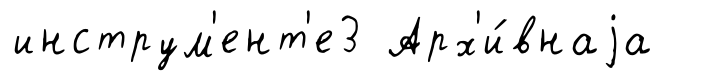
инструм'ент'е3 Арх'и́внаjа